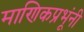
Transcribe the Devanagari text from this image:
माणिकप्रभूंनी